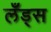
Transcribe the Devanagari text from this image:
लँड्स